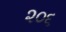
૨૦૬